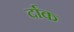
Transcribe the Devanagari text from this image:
र्दाक